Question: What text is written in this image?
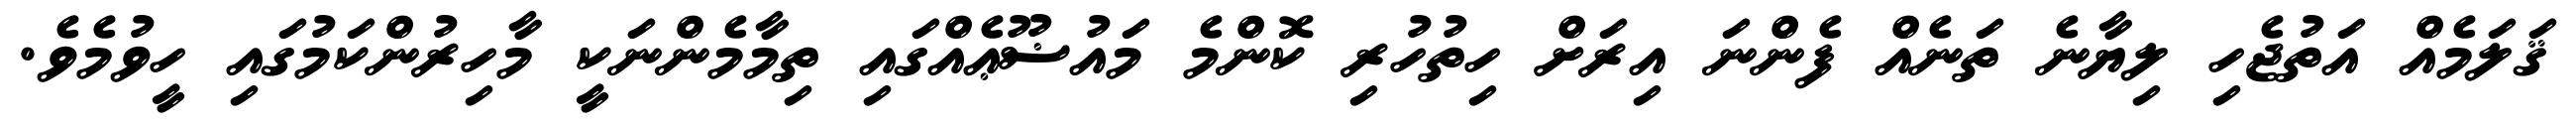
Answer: ޤަލަމެއް އަތުޖެހި ލިޔާނެ ތަނެއް ފެންނަ އިރަށް ހިތުހުރި ކޮންމެ މައުޟޫޢެއްގައި ތިމާމެންނަކީ މާހިރުންކަމުގައި ހީވުމެވެ.